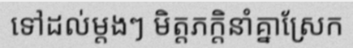
ទៅដល់ម្តងៗ មិត្តភក្តិនាំគ្នាស្រែក